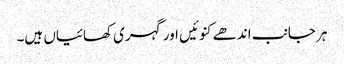
ہر جانب اندھے کنوئیں اور گہری کھائیاں ہیں۔